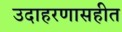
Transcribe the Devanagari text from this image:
उदाहरणासहीत